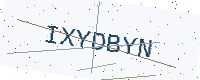
Text: IXYDBYN